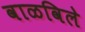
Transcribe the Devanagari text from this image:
वाळविले